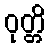
ဝုတ္တိ